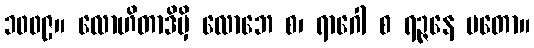
၁၀၀၉။ လောဟိတာဒိမှိ လောဘေ စ၊ ရာဂေါ စ ရဉ္ဇနေ မတော။